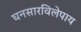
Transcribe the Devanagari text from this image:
घनसारविलेपाय